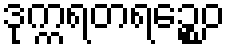
ဒုက္ကရတရဉ္စေဝ